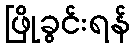
ဖြိုခွင်းရန်